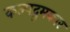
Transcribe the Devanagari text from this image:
कल्पद्रुमकार